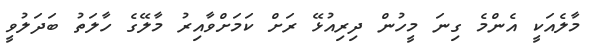
މާލެއަކީ އެންމެ ގިނަ މީހުން ދިރިއުޅޭ ރަށް ކަމަށްވާއިރު މާލޭގެ ހާލަތު ބަދަލުވީ